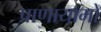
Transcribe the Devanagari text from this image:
प्राणायामों